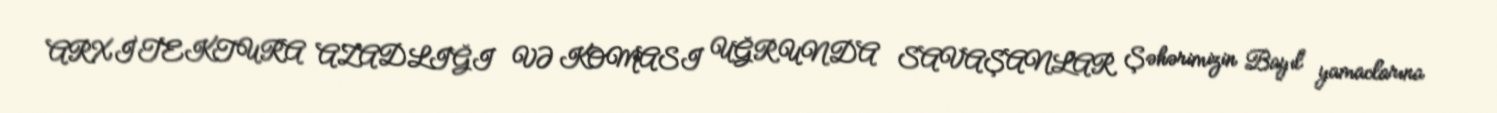
ARXİTEKTURA AZADLIĞI VƏ KOMASI UĞRUNDA SAVAŞANLAR Şəhərimizin Bayıl yamaclarına